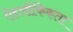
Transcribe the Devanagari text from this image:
ऐहलौकिकता